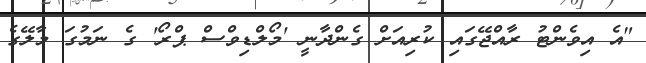
"އެ އިވެންޓު ރާއްޖޭގައި ކުރިއަށް ގެންދާނީ 'މޯލްޑިވްސް ޕްރޯ' ގެ ނަމުގަ މާލޭގެ